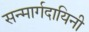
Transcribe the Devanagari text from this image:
सन्मार्गदायिनी